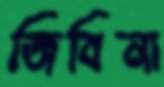
জিবিনা